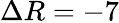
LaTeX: \Delta R=-7